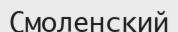
Смоленский